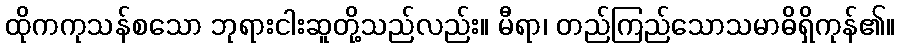
ထိုကကုသန်စသော ဘုရားငါးဆူတို့သည်လည်း။ မီရာ၊ တည်ကြည်သောသမာဓိရှိကုန်၏။